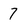
Character: 7